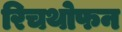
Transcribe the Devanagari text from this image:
रिचथोफन